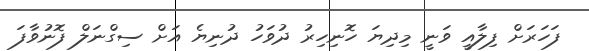
ފަހަރަށް ފިލާއީ ވަނީ މިދިޔަ ހޮނިހިރު ދުވަހު ދުނިޔެ އަށް ސިގްނަލް ފޮނުވާފަ